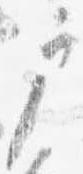
戸